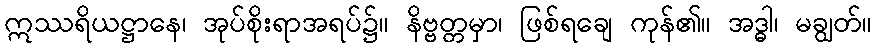
ဣဿရိယဋ္ဌာနေ၊ အုပ်စိုးရာအရပ်၌။ နိဗ္ဗတ္တမှာ၊ ဖြစ်ရချေ ကုန်၏။ အဒ္ဓါ၊ မချွတ်။